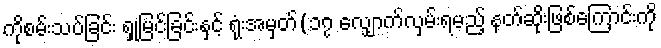
ကိုစမ်းသပ်ခြင်း ရှုမြင်ခြင်းနှင့် ရုံးအမှတ်(၁၇ လျှောက်လှမ်းရမည့် နတ်ဆိုးဖြစ်ကြောင်းကို